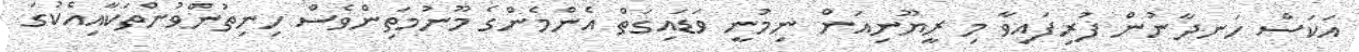
އަކަސް ހަނދާނުން ފުރިފައިވާ މި ރީޔޫނިއަން ނިމުނީ ވަޑައިގަތް އެންމެންގެ މޫނުމަތިންވެސް ހިނިތުންވުންތަކާއިއެކުގަ